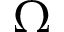
\Omega